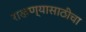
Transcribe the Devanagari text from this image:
राखण्यासाठीचा